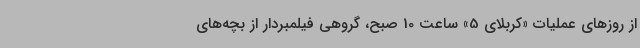
از روزهای عملیات «کربلای 5» ساعت 10 صبح، گروهی فیلمبردار از بچه‌های